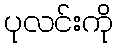
ပုလင်းကို